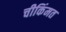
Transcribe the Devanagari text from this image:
चीकिंमत